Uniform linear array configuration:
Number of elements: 32
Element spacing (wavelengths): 0.5
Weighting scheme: exponential
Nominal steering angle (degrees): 30
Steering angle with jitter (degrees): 29.567
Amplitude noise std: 0.05
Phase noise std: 0.05

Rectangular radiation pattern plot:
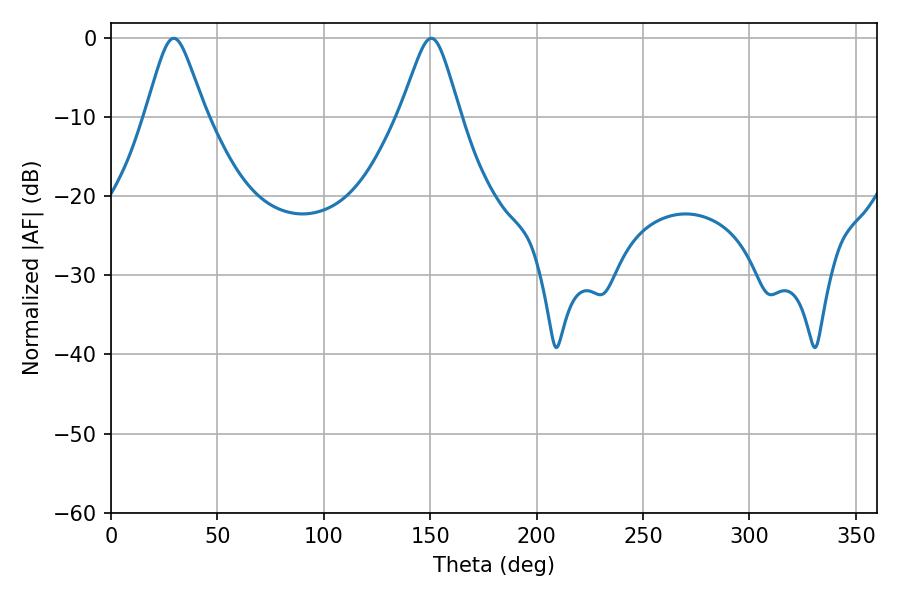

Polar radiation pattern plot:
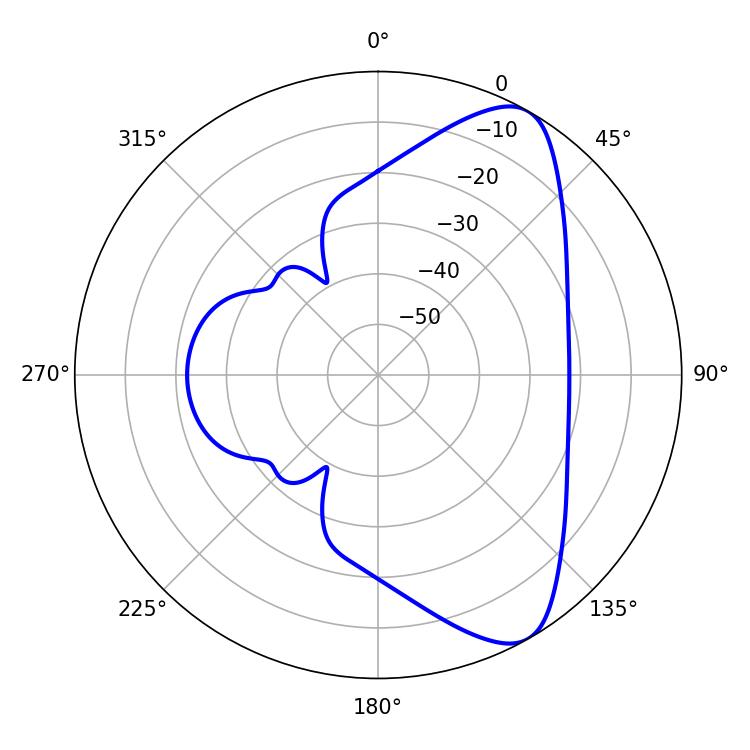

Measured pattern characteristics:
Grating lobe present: FALSE
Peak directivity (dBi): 8.37
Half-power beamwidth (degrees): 13.32
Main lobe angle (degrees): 29.52